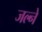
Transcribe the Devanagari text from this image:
जल्ने